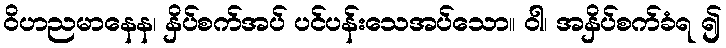
ဝိဟညမာနေန၊ နှိပ်စက်အပ် ပင်ပန်းသေအပ်သော။ ဝါ၊ အနှိပ်စက်ခံရ ၍